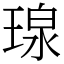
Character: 瑔